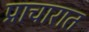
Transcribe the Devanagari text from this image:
प्राचारात